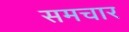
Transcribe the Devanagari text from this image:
समचार